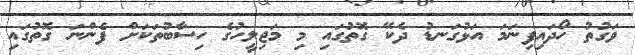
ވަގުތު ހޯދައިފިނަމަ އަޅުގަނޑު ދެކޭ ގޮތުގައި މި މަޖިލީހުގެ ހިސާބުތަކަށް ފެންނަ ގޮތުގައި